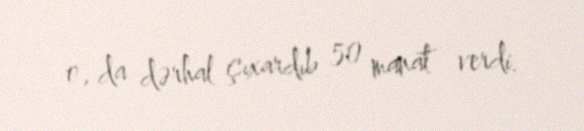
o, da dərhal çıxardıb 50 manat verdi.